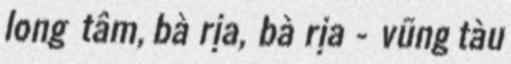
long tâm, bà rịa, bà rịa - vũng tàu